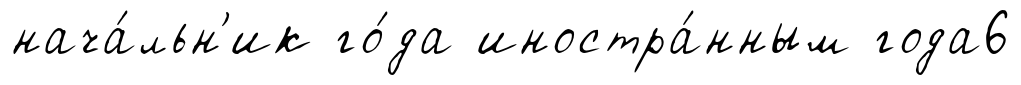
нача́льн'ик го́да иностра́нным года6